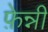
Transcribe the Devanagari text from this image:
फ़ेन्नी